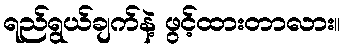
ရည်ရွယ်ချက်နဲ့ ဖွင့်ထားတာလား။